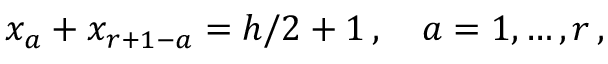
x _ { a } + x _ { r + 1 - a } = h / 2 + 1 \, , \quad a = 1 , \ldots , r \, ,